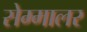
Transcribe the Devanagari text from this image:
सेम्मालर